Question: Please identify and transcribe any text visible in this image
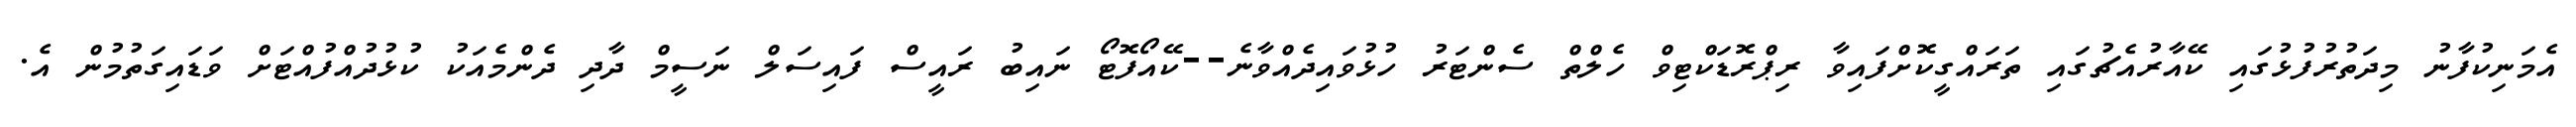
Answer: އެމަނިކުފާނު މިދަތުރުފުޅުގައި ކޭއާރުއެޗުގައި ތަރައްގީކޮށްފައިވާ ރިޕްރޮޑަކްޓިވް ހެލްތް ސެންޓަރު ހުޅުވައިދެއްވާނެ--ކޭއޯފޮޓޯ ނައިބު ރައީސް ފައިސަލް ނަސީމް ދާދި ދެންމެއަކު ކުޅުދުއްފުއްޓަށް ވަޑައިގަތުމުން އެ.